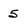
Character: 5